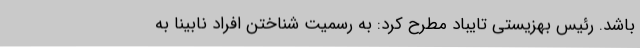
باشد. رئیس بهزیستی تایباد مطرح کرد: به رسمیت شناختن افراد نابینا به